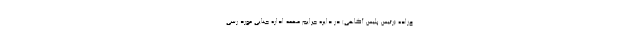
ع‌زاده (رئیس پلیس آگاهی) در دایره جرایم مهمه اداره جنایی مورد رسی